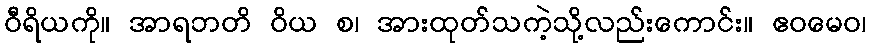
ဝီရိယကို။ အာရဘတိ ဝိယ စ၊ အားထုတ်သကဲ့သို့လည်းကောင်း။ ဧဝမေဝ၊